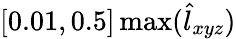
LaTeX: [0.01,0.5]\operatorname*{max}(\hat{l}_{xyz})